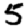
Digit: 5